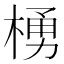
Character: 𪳆